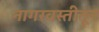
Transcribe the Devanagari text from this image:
नागरवस्तीतून